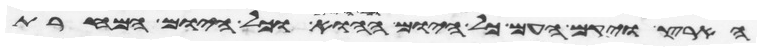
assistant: הארץ ויקם העם כל היום ההוא וכל הלילה וכל היום המחרת